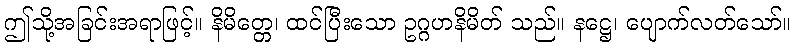
ဤသို့အခြင်းအရာဖြင့်။ နိမိတ္တေ၊ ထင်ပြီးသော ဥဂ္ဂဟနိမိတ် သည်။ နဋ္ဌေ၊ ပျောက်လတ်သော်။